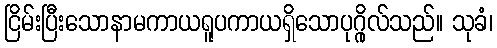
ငြိမ်းပြီးသောနာမကာယရူပကာယရှိသောပုဂ္ဂိုလ်သည်။ သုခံ၊